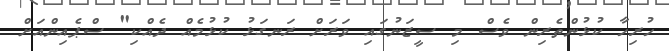
ހުރިހާ ކުޅުންތެރިން ވެސް މި ސީޒަނުގައި ވަރަށް ރަނގަޅު ކުޅުމެއް ދެއްކި" ސްޕެއިންއަށް